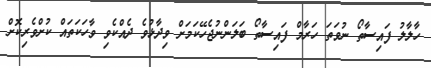
ހާލާލު ފައިސާތޯ ނުވަތަ ހަރާމް ފައިސާތޯ ބަލަންނުޖެހޭކަމަށް ވިދާޅުވެ ދެއްކެވި ވާހަކަތައް ކުށްވެރިކޮށް